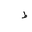
Letter: _da